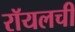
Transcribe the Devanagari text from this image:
रॉयलची